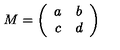
M = \left( \begin{array} { c c } { a } & { b } \\ { c } & { d } \\ \end{array} \right)